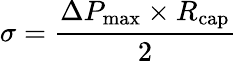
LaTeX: \sigma={\frac{\Delta P_{\mathrm{{max}}}\times R_{\mathrm{{cap}}}}{2}}